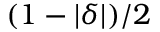
( 1 - | \delta | ) / 2